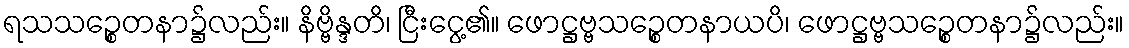
ရသသဉ္စေတနာ၌လည်း။ နိဗ္ဗိန္ဒတိ၊ ငြီးငွေ့၏။ ဖောဋ္ဌဗ္ဗသဉ္စေတနာယပိ၊ ဖောဋ္ဌဗ္ဗသဉ္စေတနာ၌လည်း။